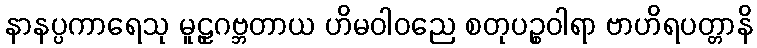
နာနပ္ပကာရေသု မူဠှဂဗ္ဘတာယ ဟိမဝါဝညေ စတုပဉ္စဝါရာ ဗာဟိရပတ္တာနိ